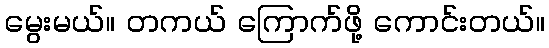
မွေးမယ်။ တကယ် ကြောက်ဖို့ ကောင်းတယ်။